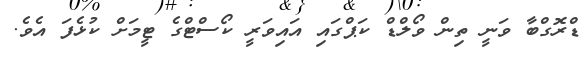
ޑްރޮގްބާ ވަނީ ތިން ވޯލްޑް ކަޕްގައި އައިވަރީ ކޯސްޓްގެ ޓީމަށް ކުޅެފަ އެވެ.